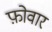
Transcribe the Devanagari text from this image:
फ़ोवार